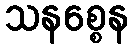
သနစ္စေန